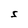
Character: S